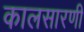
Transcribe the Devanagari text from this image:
कालसारणी